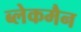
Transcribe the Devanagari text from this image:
ब्लेकमैन